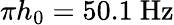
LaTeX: \pi h_{0}=50.1~\mathrm{Hz}